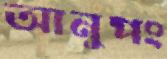
আনুপং